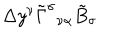
\Delta y ^ { \nu } \tilde { \Gamma } ^ { \sigma } { } _ { \nu \alpha } \tilde { B } _ { \sigma }